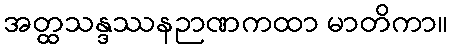
အတ္ထသန္ဒဿနဉာဏကထာ မာတိကာ။